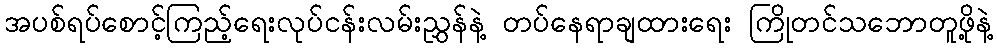
အပစ်ရပ်စောင့်ကြည့်ရေးလုပ်ငန်းလမ်းညွှန်နဲ့ တပ်နေရာချထားရေး ကြိုတင်သဘောတူဖို့နဲ့